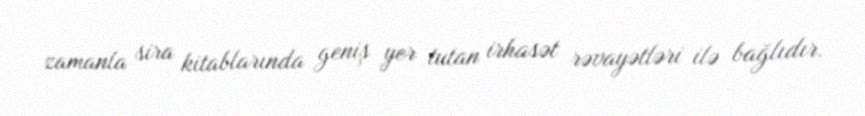
zamanla sira kitablarında geniş yer tutan irhasət rəvayətləri ilə bağlıdır.